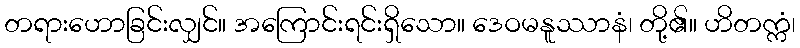
တရားဟောခြင်းလျှင်။ အကြောင်းရင်းရှိသော။ ဒေဝမနူဿာနံ၊ တို့၏။ ဟိတက္ကံ၊